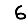
Digit: 6